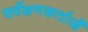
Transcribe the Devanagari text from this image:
सर्वेक्षणकर्ताओं